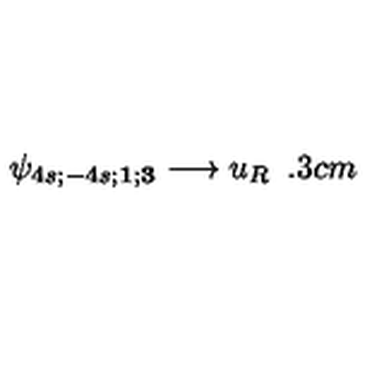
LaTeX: \psi _ { 4 s ; - 4 s ; { \mathbf 1 } ; { \mathbf 3 } } \longrightarrow u _ { R } \hspace { 5 . 3 c m }